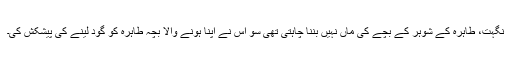
نگہت، طاہرہ کے شوہر کے بچے کی ماں نہیں بننا چاہتی تھی سو اس نے اپنا ہونے والا بچہ طاہرہ کو گود لینے کی پیشکش کی۔